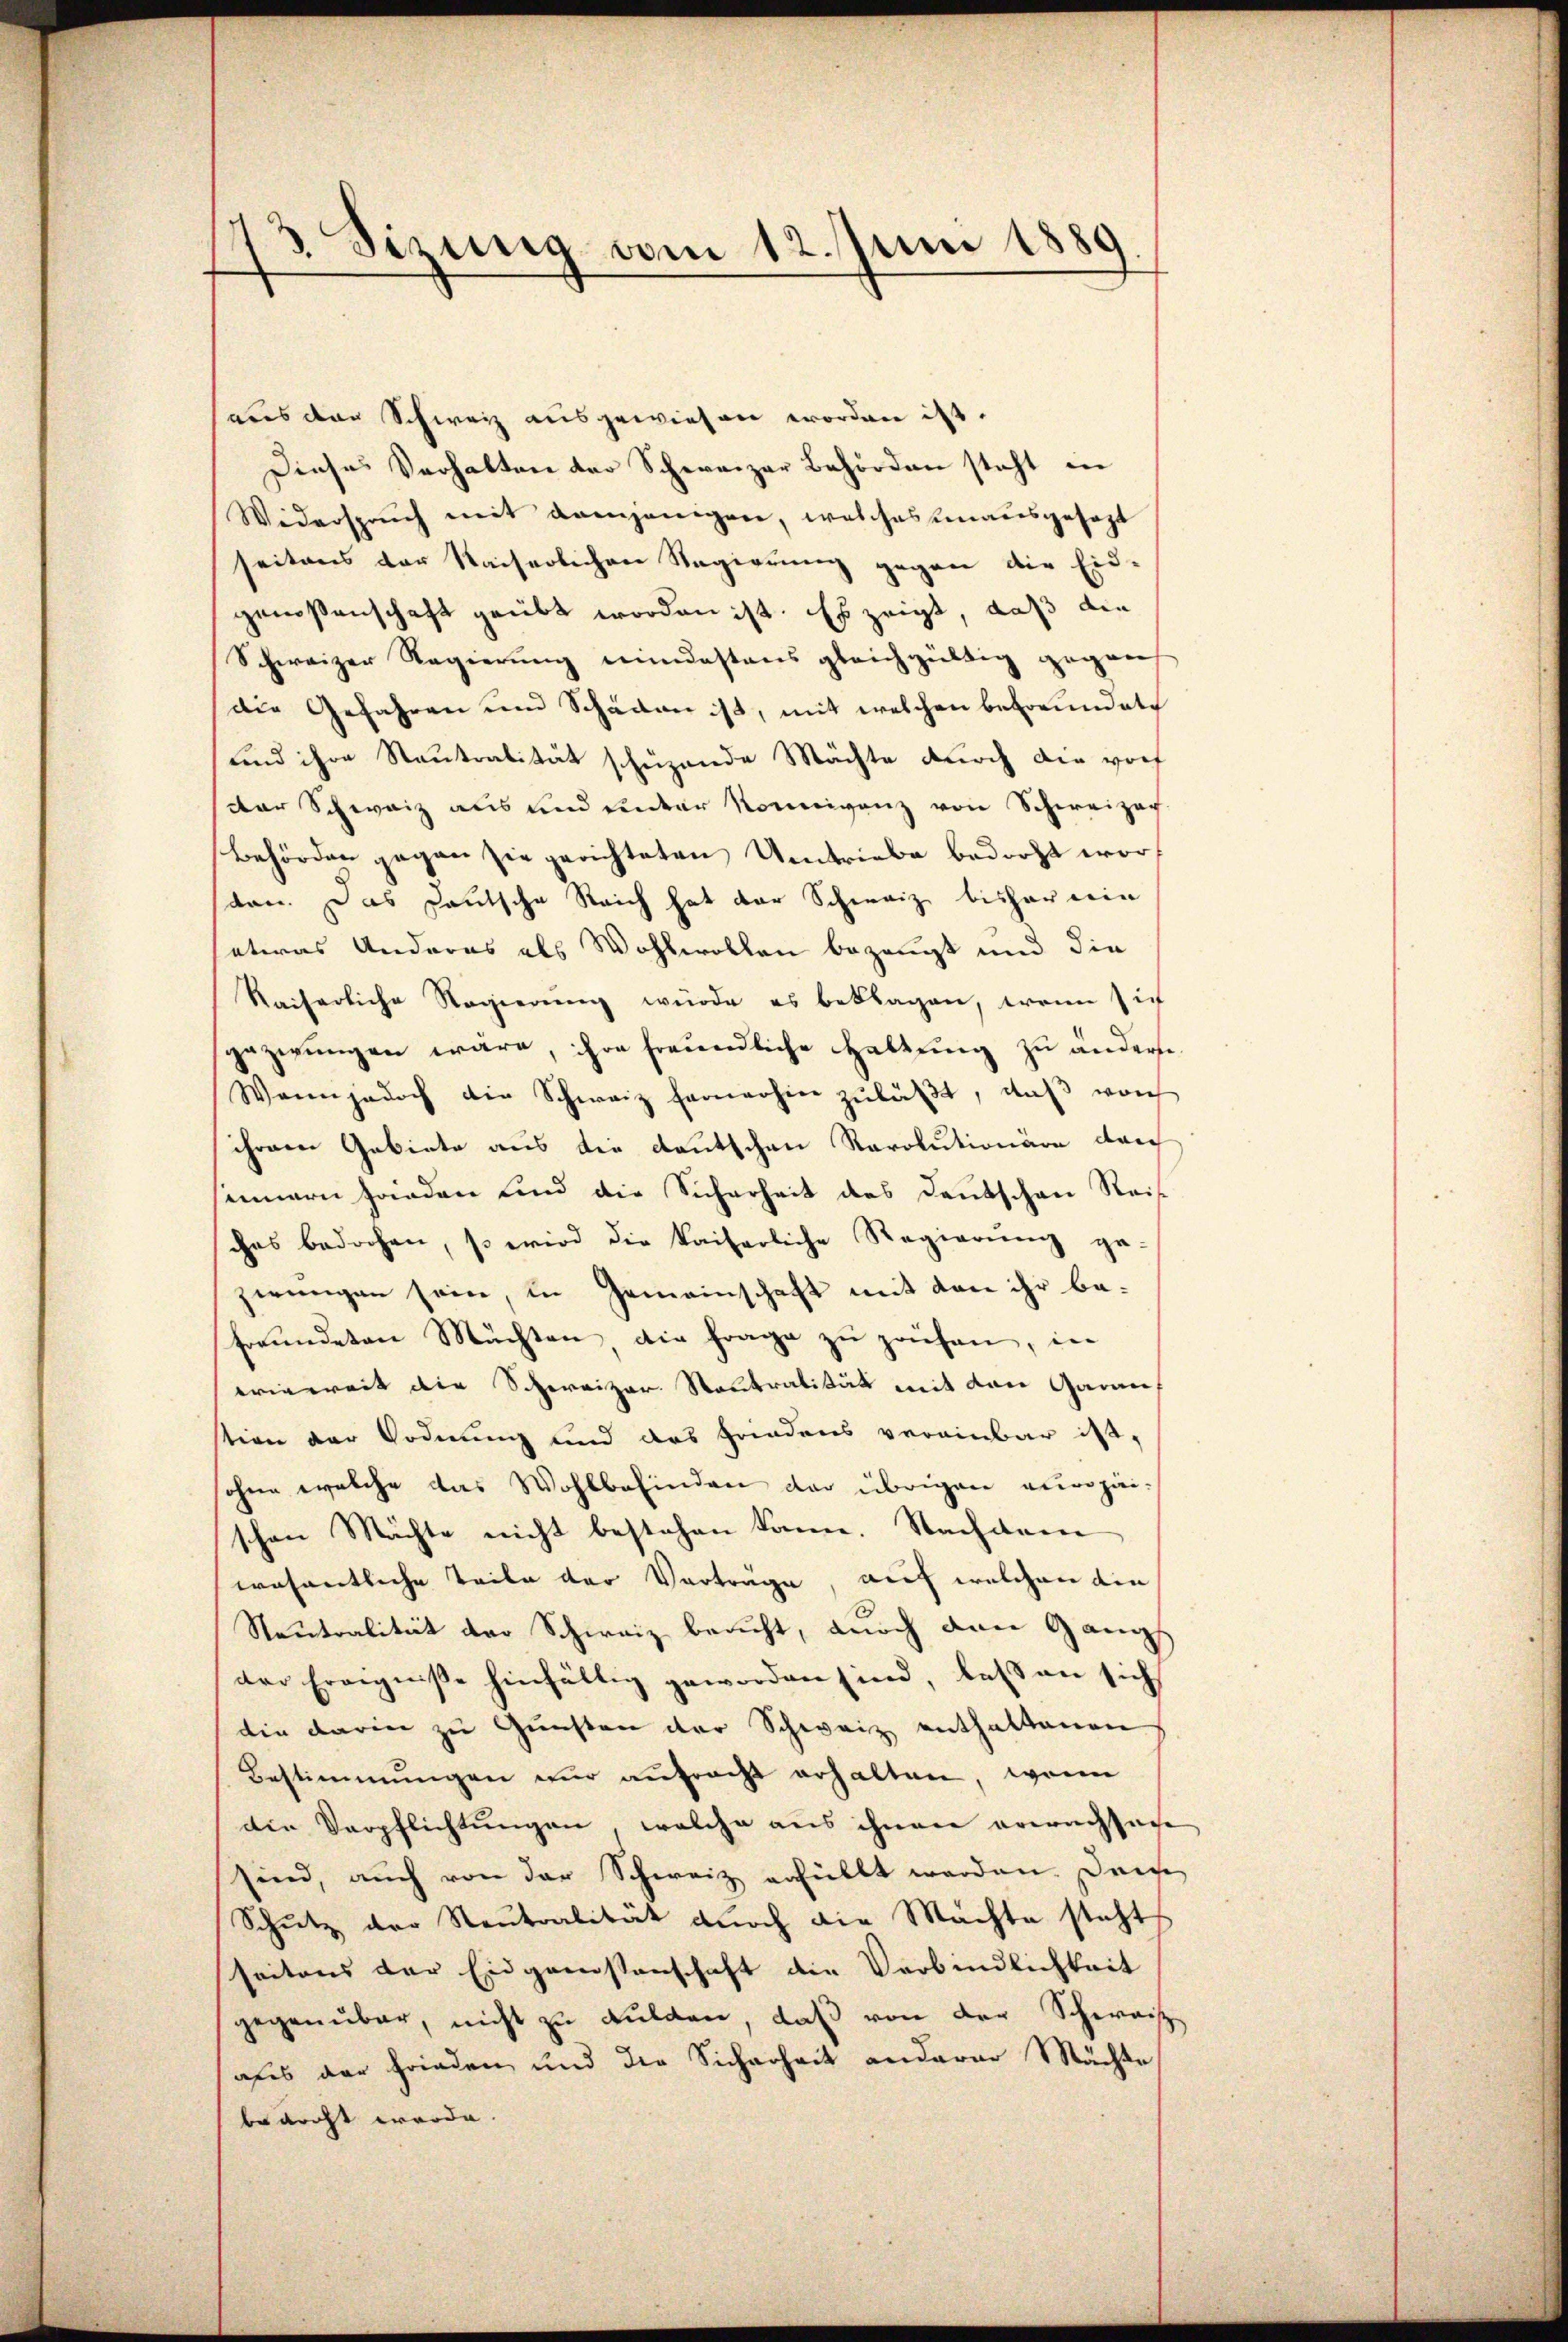
73 Sizung vom 12. Juni 1889
1

haus der Schweiz ausgewiesen worden ist.
Dieses Verhalten der Schweizer Behörden steht in
Widerspruch mit demjenigen, welches unausgesezt
seitens der Kaiserlichen Regierung gegen die Eid-
genossenschaft geübt worden ist. Es zeigt, daß die
Schweizer Regierung mindestens gleichgültig gegens
die Gefahren und Schaden ist, mit welchen befreundete
und ihre Neutralität schüzende Mächte durch die vorf
der Schweiz aus und unter Konnigenz von Schweizer
Behörden gegen sie gerichteten Umtriebe bedroht worten. Das Lautsche Reich hat der Schweiz bisher ein
etwas Anderes als Wohlwollen bezeugt und die
Raiserliche Regierŭng würde es beklagen, wenn sich
gezwungen wäre, ihre freundliche Haltung zu ändern
Wann jedoch die Schweiz fernerhin zŭläβt, daβ von
schonen Gebiete aus die deutschen Rarolutionäre durch
sennern fanden und die Sicherheit des Deutschen Reis
ches bedrohen, so wird die kaiserliche Regierung ge-
zwungen sein, in Gemeinschaft mit den ihr befreundeten Mächten die Frage zu pochen, in
wieweit die Schweizer. Stantralität mit den Garan,
stion der Ordnung und das Friedens vereinbar ist,
ohne welche das Wohlbefinden der übrigen europäi-
schon Mächte nicht bestehen kann. Nachdem
wösentliche Teile der Vortrage, auf welchen die
Neutralität der Schweiz beacht, durch den Gang
der Ereigniße hinfällig geworden sind, bessen sich
die darin zu Gunsten der Schweiz enthaltenen
Bestimmungen nur aufracht erhalten, wenn
die Verpflichtungen, welche aus ihnen erwachsache
sind, auch von der Schweiz erfüllt werden. Diese
Schutz der Neutralität dŭrch die Machte steht,
seitens der Eidgenossenschaft die Verbindlichkeit
gegenüber, nicht zu dulden, daß von der Schweiz
aus der Frieden und die Sicherheit anderer Mächte
bedroht werde.